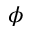
\phi